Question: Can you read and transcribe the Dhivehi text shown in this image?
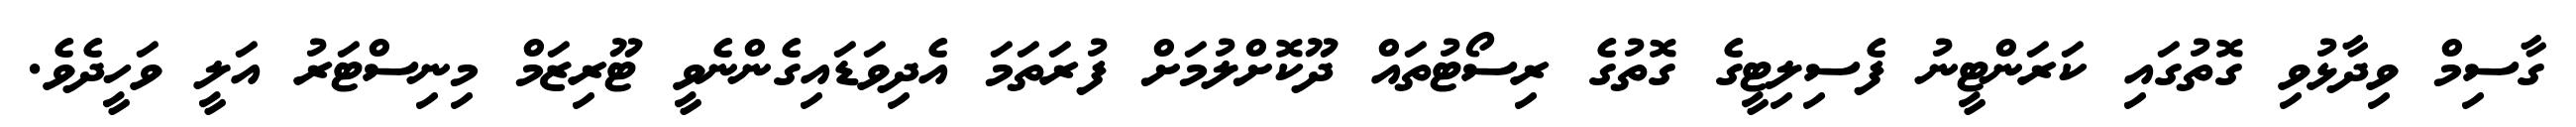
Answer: ގާސިމް ވިދާޅުވި ގޮތުގައި ކަރަންޓީނު ފެސިލިޓީގެ ގޮތުގެ ރިސޯޓުތައް ދޫކޮށްލުމަށް ފުރަތަމަ އެދިވަޑައިގެންނެވީ ޓޫރިޒަމް މިނިސްޓަރު އަލީ ވަހީދެވެ.